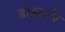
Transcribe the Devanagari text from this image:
डाइवर्टर